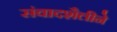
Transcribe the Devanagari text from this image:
संवादशैलीने